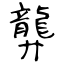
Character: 龏